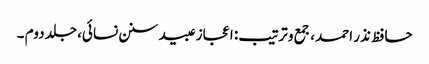
حافظ نذر احمد، جمع و ترتیب: اعجاز عبید سنن نسائی، جلد دوم ۔